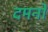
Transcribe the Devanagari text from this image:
दमनों